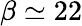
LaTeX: \beta\simeq 22